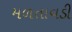
મળતાવડી